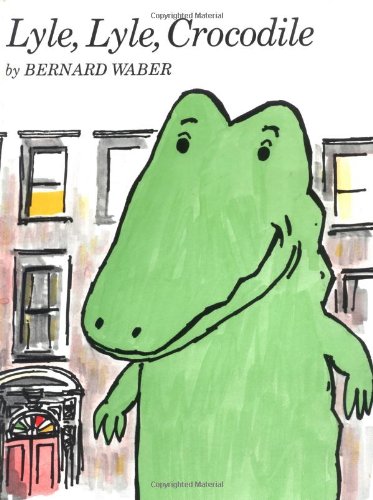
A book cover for Lyle, Lyle, Crocodile (Lyle the Crocodile); Bernard Waber; Children's Books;